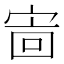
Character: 𫳖